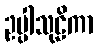
ဥပ္ပါသုဠိကာ